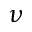
\protect \nu